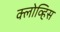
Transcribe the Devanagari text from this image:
क्लोव्हिस